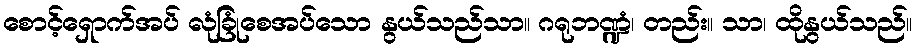
စောင့်ရှောက်အပ် လုံခြုံစေအပ်သော နွယ်သည်သာ။ ဂရုဘဏ္ဍံ၊ တည်း။ သာ၊ ထိုနွယ်သည်။